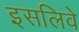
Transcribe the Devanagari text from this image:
इसलिवे